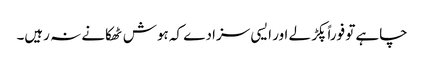
چاہے تو فوراً پکڑ لے اور ایسی سزا دے کہ ہوش ٹھکانے نہ رہیں۔